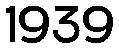
1939